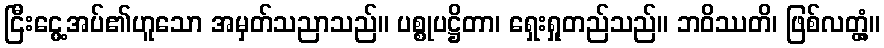
ငြီးငွေ့အပ်၏ဟူသော အမှတ်သညာသည်။ ပစ္စုပဋ္ဌိတာ၊ ရှေးရှုတည်သည်။ ဘဝိဿတိ၊ ဖြစ်လတ္တံ့။